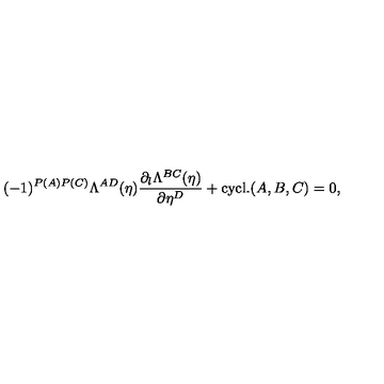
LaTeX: ( - 1 ) ^ { P ( A ) P ( C ) } \Lambda ^ { A D } ( \eta ) \frac { \partial _ { l } \Lambda ^ { B C } ( \eta ) } { \partial \eta ^ { D } } + \mathrm { c y c l . } ( A , B , C ) = 0 ,